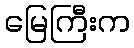
မြေကြီးက